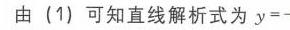
由 (1) 可知直线解析式为 \(y = -\)